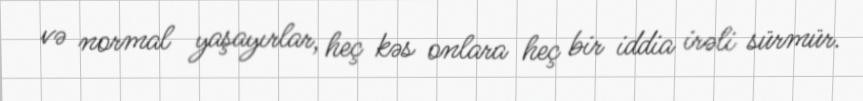
və normal yaşayırlar, heç kəs onlara heç bir iddia irəli sürmür.